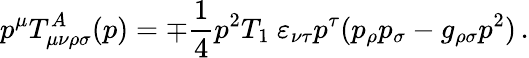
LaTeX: p^{\mu}T_{\mu\nu\rho\sigma}^{A}(p)=\mp\frac{1}{4}p^{2}T_{1}\ \varepsilon_{\nu\tau}p^{\tau}(p_{\rho}p_{\sigma}-g_{\rho\sigma}p^{2})\, .